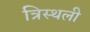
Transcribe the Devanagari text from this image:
त्रिस्थली